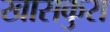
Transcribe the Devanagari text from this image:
खासकुरा